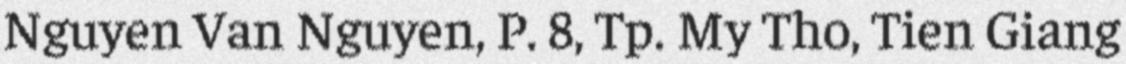
Nguyen Van Nguyen, P. 8, Tp. My Tho, Tien Giang